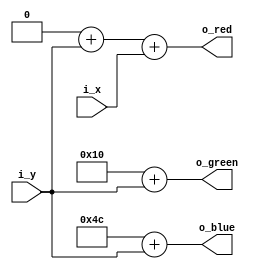
// This program was cloned from: https://github.com/projf/display_controller
// License: MIT License

`timescale 1ns / 1ps
`default_nettype none

// Project F: Display Controller Test Card: Gradient
// (C)2019 Will Green, Open Source Hardware released under the MIT License
// Learn more at https://projectf.io

module test_card_gradient (
    input wire [5:0] i_x,
    input wire [7:0] i_y,
    output wire [7:0] o_red,
    output wire [7:0] o_green,
    output wire [7:0] o_blue
    );

    localparam base_red     = 8'h00;
    localparam base_green   = 8'h10;
    localparam base_blue    = 8'h4C;

    assign o_red    = base_red + i_y + {2'b0, i_x};
    assign o_green  = base_green + i_y;
    assign o_blue   = base_blue + i_y;
endmodule